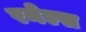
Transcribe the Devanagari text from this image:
रनेल्स